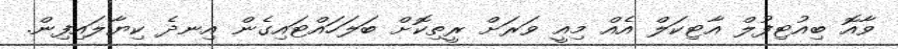
ވާއޮ ބިއުޓިފުލް އާޓިކަލް އެއް މިއީ ވަރަށް ރީތިކޮށް ބަލަހައްޓައިގެން އިނދެ ކިޔާލައިފިން.